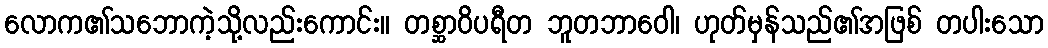
လောက၏သဘောကဲ့သို့လည်းကောင်း။ တစ္ဆာဝိပရီတ ဘူတဘာဝေါ၊ ဟုတ်မှန်သည်၏အဖြစ် တပါးသော